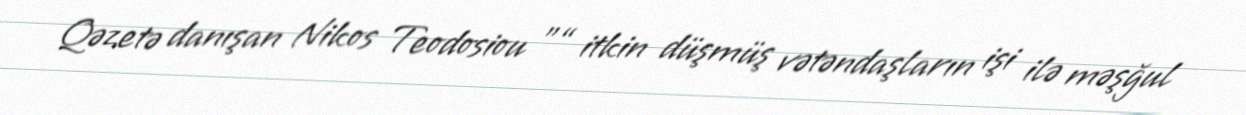
Qəzetə danışan Nikos Teodosiou ”“ itkin düşmüş vətəndaşların işi ilə məşğul